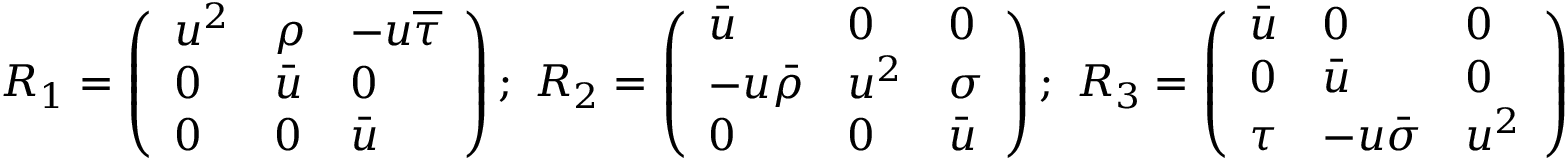
R _ { 1 } = \left( \begin{array} { l l l } { u ^ { 2 } } & { \rho } & { - u \overline { { \tau } } } \\ { 0 } & { \bar { u } } & { 0 } \\ { 0 } & { 0 } & { \bar { u } } \end{array} \right) ; \ R _ { 2 } = \left( \begin{array} { l l l } { \bar { u } } & { 0 } & { 0 } \\ { - u \bar { \rho } } & { u ^ { 2 } } & { \sigma } \\ { 0 } & { 0 } & { \bar { u } } \end{array} \right) ; \ R _ { 3 } = \left( \begin{array} { l l l } { \bar { u } } & { 0 } & { 0 } \\ { 0 } & { \bar { u } } & { 0 } \\ { \tau } & { - u \bar { \sigma } } & { u ^ { 2 } } \end{array} \right)